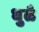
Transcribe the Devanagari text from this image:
धुळै